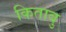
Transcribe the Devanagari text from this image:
किताबु